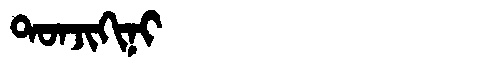
Manchu: ᡨᠣᠨᠵᡳᡴᡳᠨᡳ
Romanization: TONJIKINI